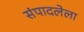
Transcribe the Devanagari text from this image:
संपादलेला